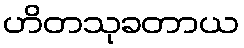
ဟိတသုခတာယ